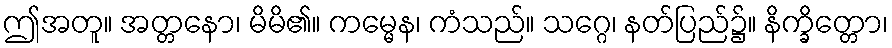
ဤအတူ။ အတ္တနော၊ မိမိ၏။ ကမ္မေန၊ ကံသည်။ သဂ္ဂေ၊ နတ်ပြည်၌။ နိက္ခိတ္တော၊